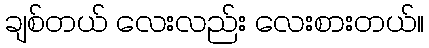
ချစ်တယ် လေးလည်း လေးစားတယ်။